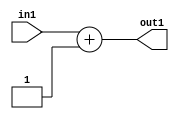
`timescale 1ps / 1ps
/*****************************************************************************
    Verilog RTL Description
    
    
    Created by: Stratus DpOpt 2019.1.01 
*******************************************************************************/

module fix2float_Add2i1s32_1 (
	in1,
	out1
	); /* architecture "behavioural" */ 
input [31:0] in1;
output [31:0] out1;
wire [31:0] asc001;

assign asc001 = 
	+(in1)
	+(32'B00000000000000000000000000000001);

assign out1 = asc001;
endmodule

/* CADENCE  ubPyQgk= : u9/ySgnWtBlWxVPRXgAZ4Og= ** DO NOT EDIT THIS LINE ******/